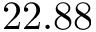
2 2 . 8 8